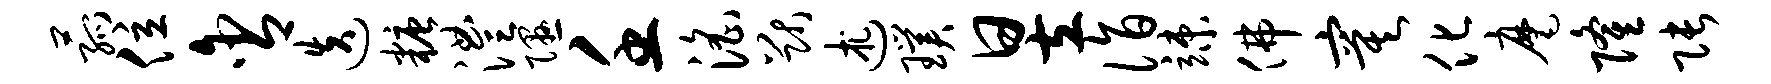
菰位含迭糖澧隰壬淫猷述璞昱诣竦佛寞化麾隆张